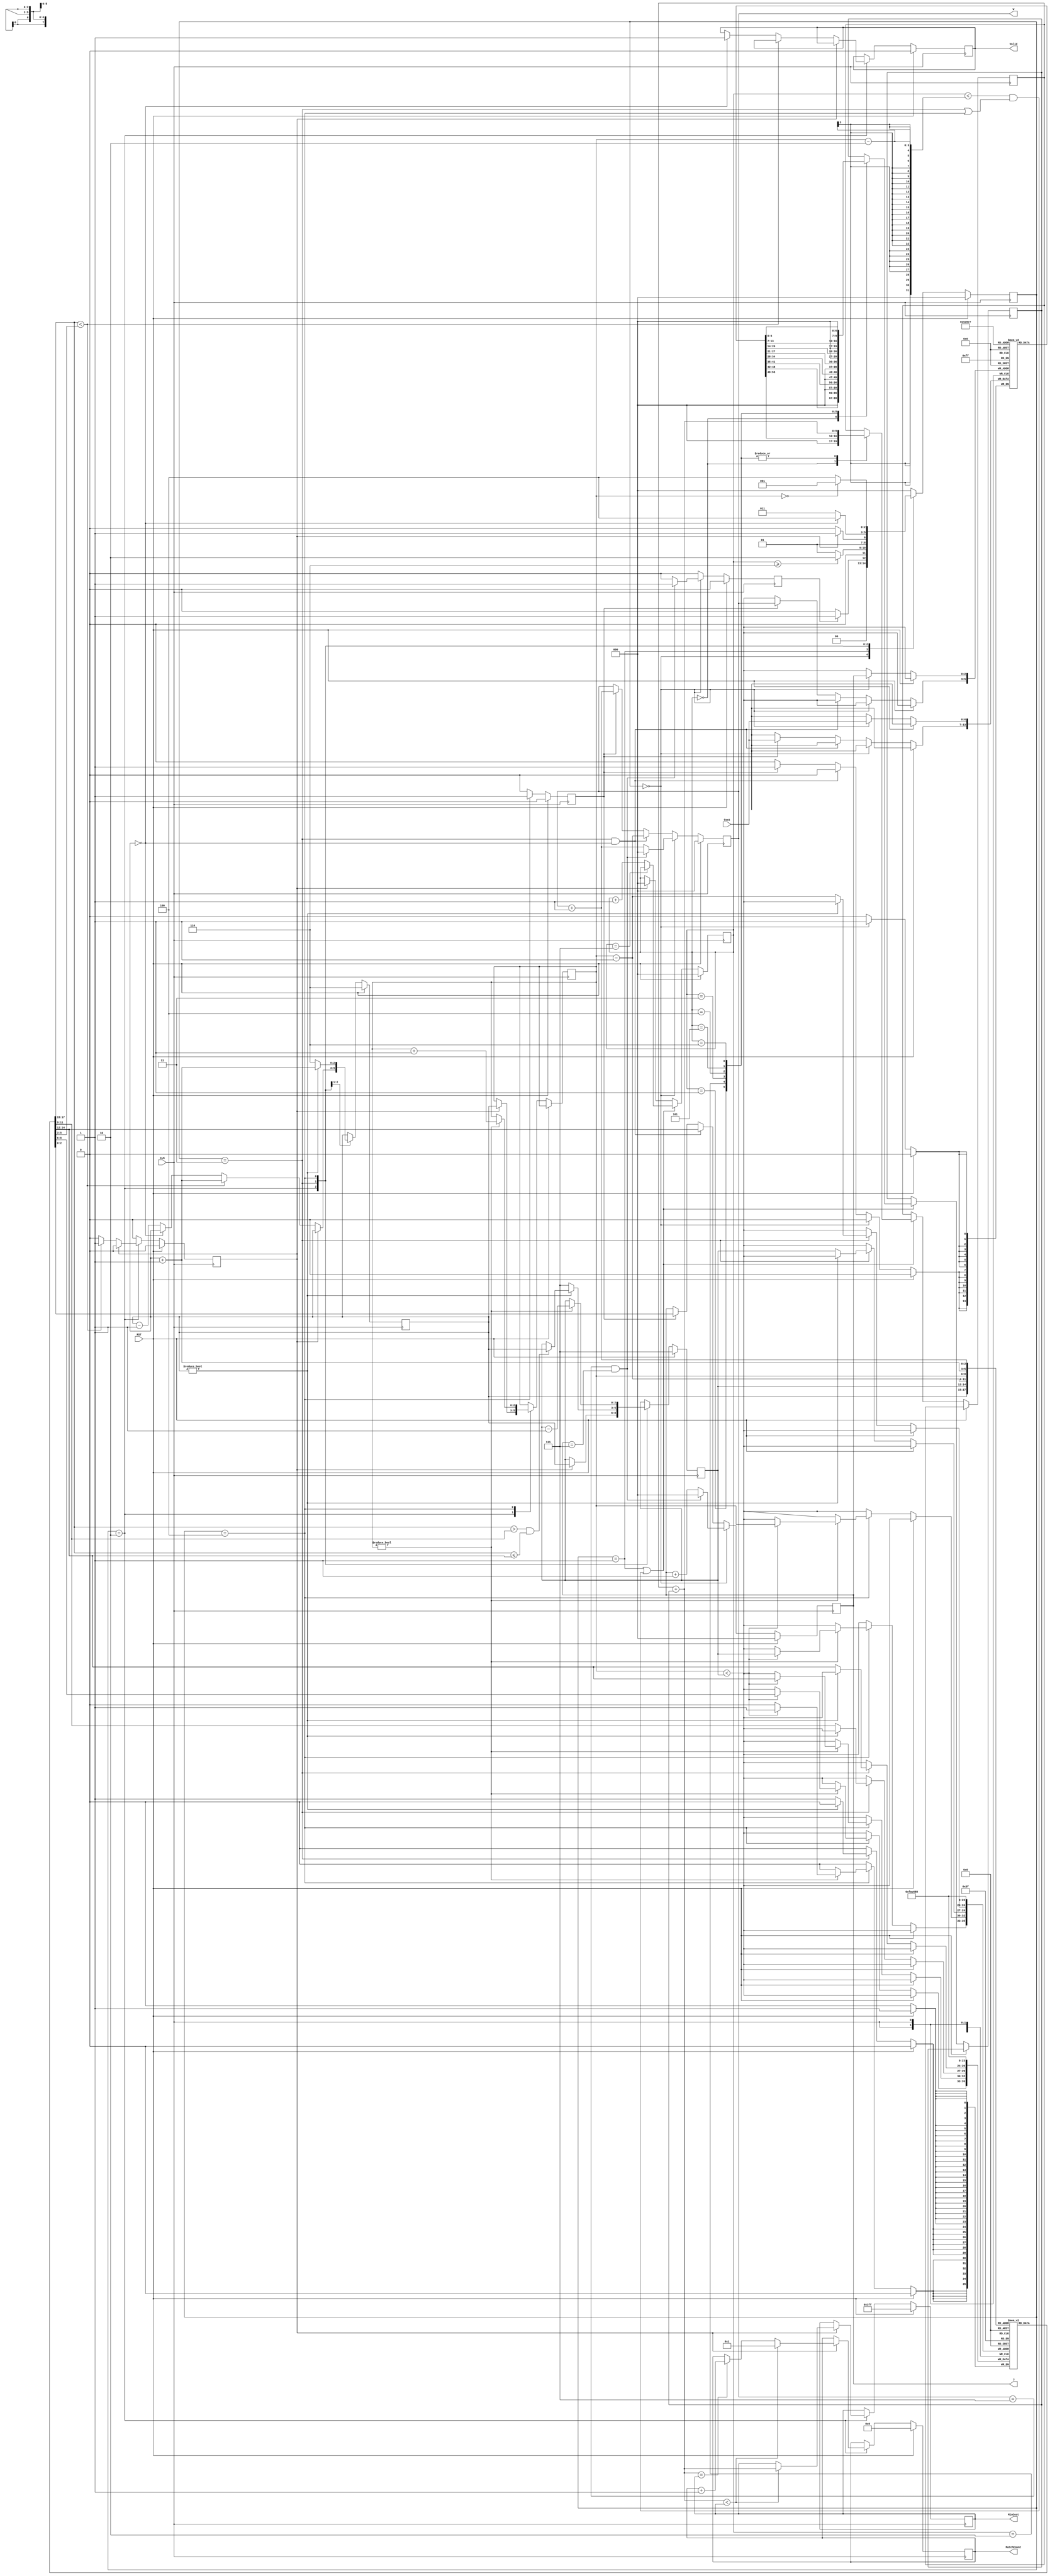
module JAM (
input CLK,
input RST,
output reg [2:0] W,
output reg [2:0] J,
input [6:0] Cost,
output reg [3:0] MatchCount,
output reg [9:0] MinCost,
output reg Valid );

parameter GETDATA = 3'b000;
parameter CALCULATE = 3'b001;
parameter NEXTORDER = 3'b010;
parameter NEXTORDER2 = 3'b011;
parameter NEXTORDER3 = 3'b100;

reg finish_getdata, finish_nextorder, start_getdata;
reg [2:0] state, nextState, step;
reg [2:0] order_pointer, exchange_position, start_pointer;
reg [9:0] adder1, adder2;
reg [2:0] order [0:7];
reg [6:0] tab [0:7];

wire order_less_than_post;
wire [2:0] aim_number;
wire [9:0] total_cost;

assign aim_number = order[start_pointer - 1];
assign order_less_than_post = order[order_pointer] < order[order_pointer + 1];

assign total_cost = adder1 + adder2;

always@(negedge CLK)begin
	finish_getdata <= 0;
	if(RST)begin
		W <= 0;
		J <= 0;
	end
	else if(state == GETDATA)begin
		if(W == 7 && J == 7)begin
			W <= 0;
			J <= 0;
			finish_getdata <= 1;
		end
		else begin
			J <= J + 1;
			W <= W + 1;
		end
		tab[J] <= Cost;
	end
	else if(state == NEXTORDER2 && order_pointer == 0)begin
		W <= start_pointer - 1;
		J <= order[exchange_position];
	end
	else if(start_getdata == 1)begin
		tab[W] <= Cost;
		W <= W + 1;
		J <= order[W + 1];
	end
	else begin
		W <= W;
		J <= J;
	end
	
end

always@(posedge CLK)begin
	if(RST)
		state <= 0;
	else
		state <= nextState;
end

always@(state, finish_getdata, finish_nextorder, order_pointer, start_pointer, step)begin
	case(state)
		GETDATA:
			if(finish_getdata)
				nextState = CALCULATE;
			else
				nextState = GETDATA;
		CALCULATE:
			if(step >= 6)
				nextState = NEXTORDER;
			else
				nextState = CALCULATE;
		NEXTORDER:
			if(finish_nextorder)
				nextState = NEXTORDER2;
			else
				nextState = NEXTORDER;
		NEXTORDER2:
			if(order_pointer == 0)
				nextState = NEXTORDER3;
			else
				nextState = NEXTORDER2;
		NEXTORDER3:
			if(start_pointer == 0)
				nextState = CALCULATE;
			else
				nextState = NEXTORDER3;
		default:
			nextState = 0;
	endcase
end

always@(posedge CLK)begin
	
	if(RST)begin
		step <= 0;
	end
	else if(state == CALCULATE ||((step < (start_pointer - 2)) &&((state == NEXTORDER2) || (state == NEXTORDER3))))begin
		case(step)
			0:begin
				adder1 <= tab[0];
				adder2 <= tab[1];
			end
			1:begin
				adder1 <= total_cost;
				adder2 <= tab[2];
			end
			2:begin
				adder1 <= total_cost;
				adder2 <= tab[3];
			end
			3:begin
				adder1 <= total_cost;
				adder2 <= tab[4];
			end
			4:begin
				adder1 <= total_cost;
				adder2 <= tab[5];
			end
			5:begin
				adder1 <= total_cost;
				adder2 <= tab[6];
			end
			6:begin
				adder1 <= total_cost;
				adder2 <= tab[7];
			end
			
		endcase
		if(step == 7)begin
			step <= step;
		end
		else begin
			step <= step + 1;
		end
		
	end
	else if(finish_nextorder)
		step <= 0;
	else
		step <= step;
		
end
integer i;
always@(posedge CLK)begin
	start_getdata <= 0;
	finish_nextorder <= 0;
	if(RST)begin
		MinCost <= 1023;
		MatchCount <= 0;
		for(i = 0;i<8;i=i+1)
			order[i] <= i;
		order_pointer <= 6;
		exchange_position <= 7;
		Valid <= 0;
	end
	else
		case(state)
			NEXTORDER:begin
				
				if(!finish_nextorder)begin
					if(order_less_than_post)begin
						finish_nextorder <= 1;
						order_pointer <= order_pointer + 1;
					end
					else if(order_pointer == 0)
						Valid <= 1;
					else
						order_pointer <= order_pointer - 1;

				end
				else begin
					if(total_cost < MinCost)begin
						MinCost <= total_cost;
						MatchCount <= 1;
					end
					else if (total_cost == MinCost)begin
						MatchCount <= MatchCount + 1;
					end
					start_pointer <= order_pointer;
					exchange_position <= order_pointer;
					
				end
					
			end
			NEXTORDER2:begin
				order_pointer <= order_pointer + 1;
				if(order_pointer != 0)begin
					if((order[order_pointer] > aim_number )&&( order[order_pointer] <= order[exchange_position]))
						exchange_position <= order_pointer;
					else
						exchange_position <= exchange_position;
					
				end
				else begin
					order_pointer <= 6;
					exchange_position <= 7;
					order[start_pointer - 1] <= order[exchange_position];
					order[exchange_position] <= order[(start_pointer - 1)];	
				end
					
				
			end
			NEXTORDER3:begin
				start_getdata <= 1;
				start_pointer <= start_pointer + 1;
				exchange_position <= exchange_position - 1; // let exchange_position as tail
				if(start_pointer != 0)begin
					if(start_pointer < exchange_position)begin
						order[start_pointer] <= order[exchange_position];
						order[exchange_position] <= order[start_pointer];
					end
				end
				else begin
					
					start_pointer <= start_pointer;
					exchange_position <= exchange_position;
					
				
				end
			end
		endcase
end
endmodule